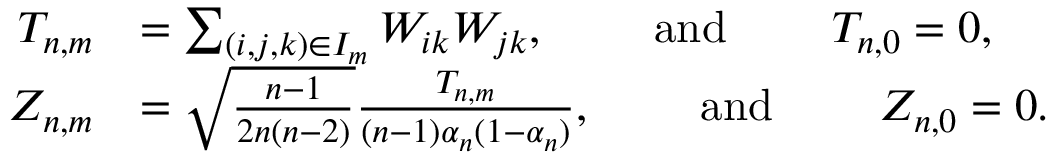
\begin{array} { r l } { T _ { n , m } } & { = \sum _ { ( i , j , k ) \in I _ { m } } W _ { i k } W _ { j k } , \qquad \mathrm { ~ a n d ~ } \qquad T _ { n , 0 } = 0 , } \\ { Z _ { n , m } } & { = \sqrt { \frac { n - 1 } { 2 n ( n - 2 ) } } \frac { T _ { n , m } } { ( n - 1 ) \alpha _ { n } ( 1 - \alpha _ { n } ) } , \qquad \mathrm { ~ a n d ~ } \qquad Z _ { n , 0 } = 0 . } \end{array}